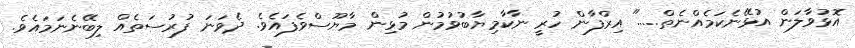
އޮޅުވާލަން އުޅޭނެކަމެއްނެތް....." އިރްފާން ހުރީ ނާކާމިޔާބުވުމުން މުޅިން މާޔޫސްވެފައެވެ. ދެވަނަ ފުރުސަތެއް ލިބޭނެނަމައެވެ.